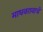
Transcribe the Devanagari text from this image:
माधवरावाचे